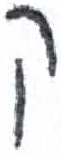
אות: ק